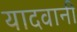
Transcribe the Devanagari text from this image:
यादवानी